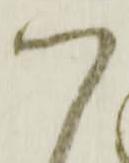
つ